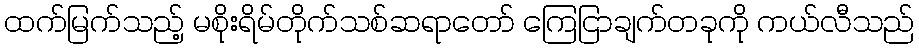
ထက်မြက်သည့် မစိုးရိမ်တိုက်သစ်ဆရာတော် ကြေငြာချက်တခုကို ကယ်လီသည်